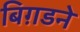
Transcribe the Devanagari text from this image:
बिग़डने